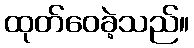
ထုတ်ဝေခဲ့သည်။